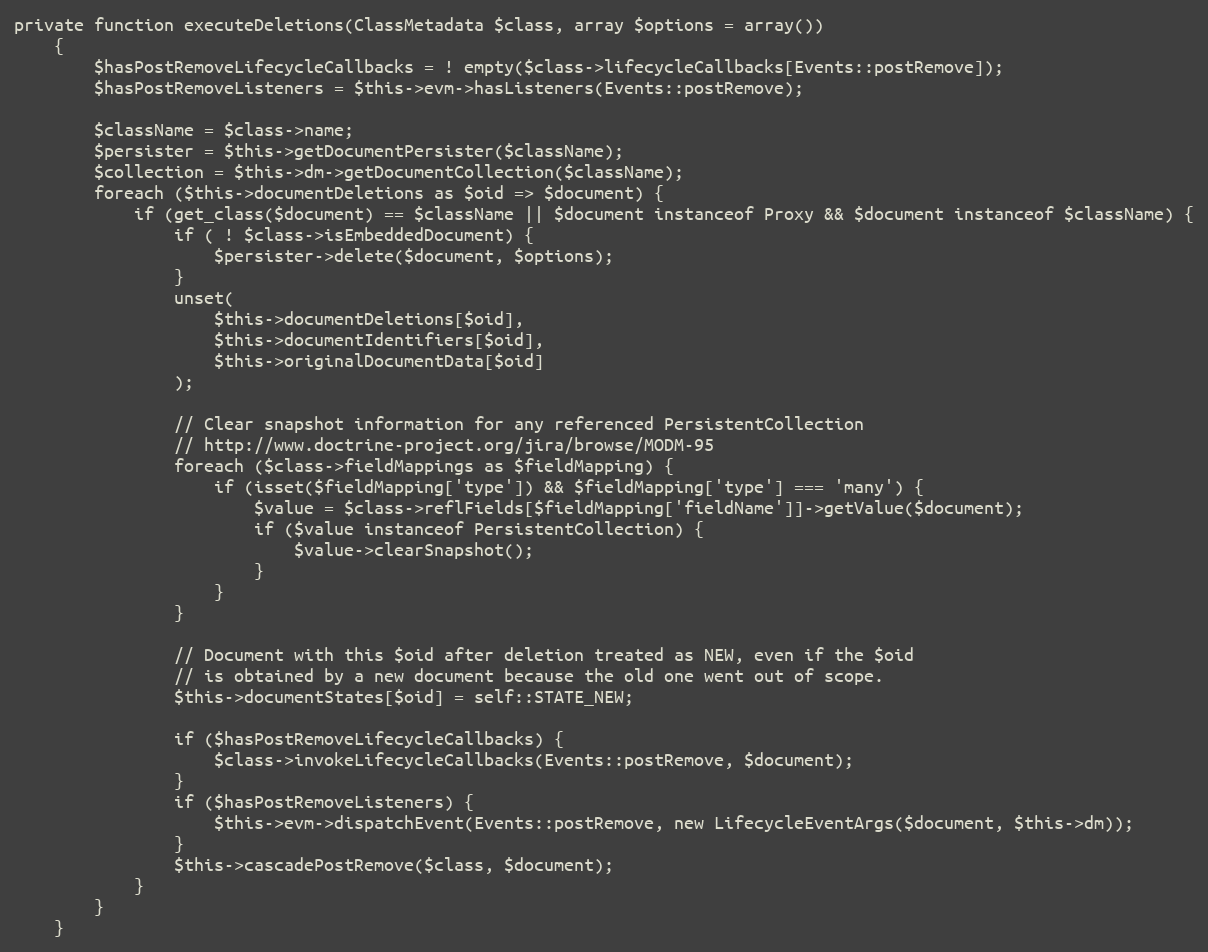
Language: PHP
private function executeDeletions(ClassMetadata $class, array $options = array())
    {
        $hasPostRemoveLifecycleCallbacks = ! empty($class->lifecycleCallbacks[Events::postRemove]);
        $hasPostRemoveListeners = $this->evm->hasListeners(Events::postRemove);

        $className = $class->name;
        $persister = $this->getDocumentPersister($className);
        $collection = $this->dm->getDocumentCollection($className);
        foreach ($this->documentDeletions as $oid => $document) {
            if (get_class($document) == $className || $document instanceof Proxy && $document instanceof $className) {
                if ( ! $class->isEmbeddedDocument) {
                    $persister->delete($document, $options);
                }
                unset(
                    $this->documentDeletions[$oid],
                    $this->documentIdentifiers[$oid],
                    $this->originalDocumentData[$oid]
                );

                // Clear snapshot information for any referenced PersistentCollection
                // http://www.doctrine-project.org/jira/browse/MODM-95
                foreach ($class->fieldMappings as $fieldMapping) {
                    if (isset($fieldMapping['type']) && $fieldMapping['type'] === 'many') {
                        $value = $class->reflFields[$fieldMapping['fieldName']]->getValue($document);
                        if ($value instanceof PersistentCollection) {
                            $value->clearSnapshot();
                        }
                    }
                }

                // Document with this $oid after deletion treated as NEW, even if the $oid
                // is obtained by a new document because the old one went out of scope.
                $this->documentStates[$oid] = self::STATE_NEW;

                if ($hasPostRemoveLifecycleCallbacks) {
                    $class->invokeLifecycleCallbacks(Events::postRemove, $document);
                }
                if ($hasPostRemoveListeners) {
                    $this->evm->dispatchEvent(Events::postRemove, new LifecycleEventArgs($document, $this->dm));
                }
                $this->cascadePostRemove($class, $document);
            }
        }
    }